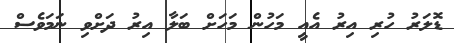
ޑޮލަރު ހުރި އިރު އެއީ މަހުން މަހަށް ބަލާ އިރު ދަށްވި ނަމަވެސް